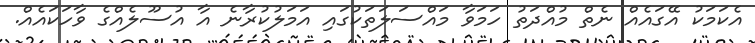
އެކަމަކު އޭގައެއް ނެތް މުއްދަތު ހަމަވާ މައްސަލަތަކުގައި އަމަލުކުރާނެ އާ އުސޫލެއްގެ ވާހަކައެއް.